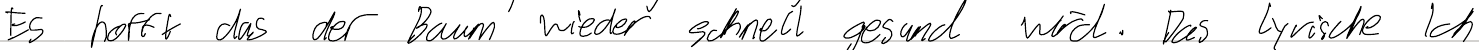
Es hofft das der Baum wieder schnell gesund wird. Das lyrische Ich